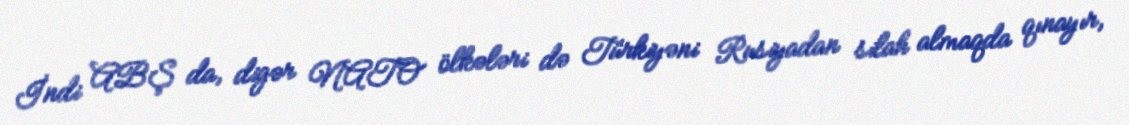
İndi ABŞ da, digər NATO ölkələri də Türkiyəni Rusiyadan silah almaqda qınayır,